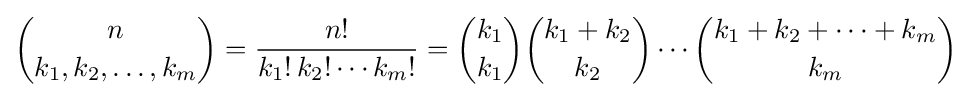
{n \choose k_{1},k_{2},\ldots ,k_{m}}={\frac {n!}{k_{1}!\,k_{2}!\cdots k_{m}!}}={k_{1} \choose k_{1}}{k_{1}+k_{2} \choose k_{2}}\cdots {k_{1}+k_{2}+\cdots +k_{m} \choose k_{m}}